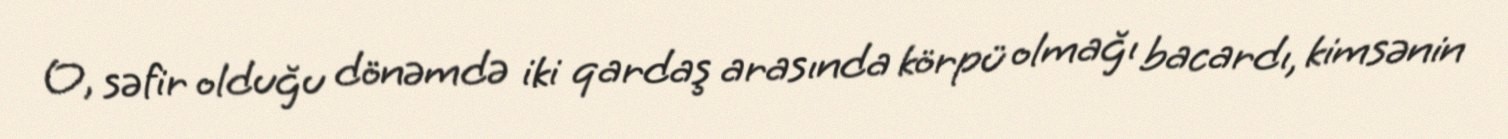
O, səfir olduğu dönəmdə iki qardaş arasında körpü olmağı bacardı, kimsənin